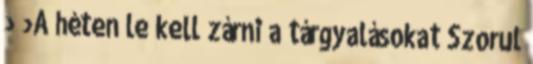
› ›A héten le kell zárni a tárgyalásokat Szorul